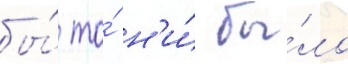
бы́ то́ н'и́ бы́ло